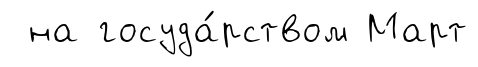
на госуда́рством Март